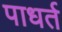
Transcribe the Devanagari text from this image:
पाधर्त